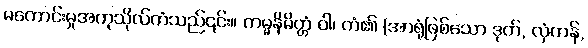
မကောင်းမှုအကုသိုလ်ကံသည်၎င်း။ ကမ္မနိမိတ္တံ ဝါ၊ ကံ၏ (အာရုံဖြစ်သော ဒုတ်, လှံကန်,